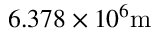
6 . 3 7 8 \times 1 0 ^ { 6 } \mathrm { m }